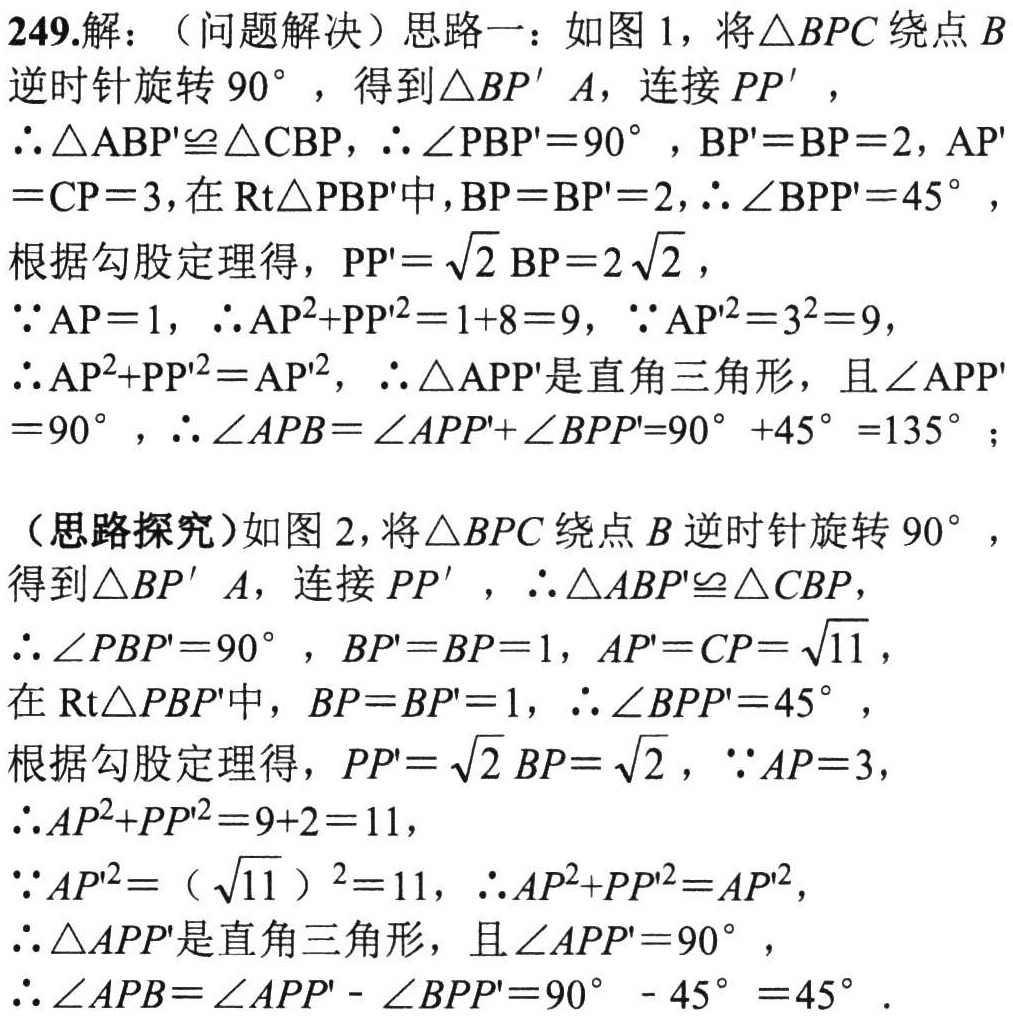
249.解：（问题解决）思路一：如图1，将\(\triangle BPC\)绕点\(B\)逆时针旋转\(90^{\circ}\)，得到\(\triangle BP'A\)，连接\(PP'\)，
\(\therefore\triangle ABP'\cong\triangle CBP\)，\(\therefore\angle PBP' = 90^{\circ}\)，\(BP' = BP = 2\)，\(AP'=CP = 3\)，在\(\text{Rt}\triangle PBP'\)中，\(BP = BP' = 2\)，\(\therefore\angle BPP' = 45^{\circ}\)，
根据勾股定理得，\(PP'=\sqrt{2}BP = 2\sqrt{2}\)，
\(\because AP = 1\)，\(\therefore AP^{2}+PP'^{2}=1 + 8 = 9\)，\(\because AP'^{2}=3^{2}=9\)，
\(\therefore AP^{2}+PP'^{2}=AP'^{2}\)，\(\therefore\triangle APP'\)是直角三角形，且\(\angle APP'=90^{\circ}\)，\(\therefore\angle APB=\angle APP'+\angle BPP'=90^{\circ}+45^{\circ}=135^{\circ}\)；
（思路探究）如图2，将\(\triangle BPC\)绕点\(B\)逆时针旋转\(90^{\circ}\)，得到\(\triangle BP'A\)，连接\(PP'\)，\(\therefore\triangle ABP'\cong\triangle CBP\)，
\(\therefore\angle PBP' = 90^{\circ}\)，\(BP' = BP = 1\)，\(AP' = CP=\sqrt{11}\)，
在\(\text{Rt}\triangle PBP'\)中，\(BP = BP' = 1\)，\(\therefore\angle BPP' = 45^{\circ}\)，
根据勾股定理得，\(PP'=\sqrt{2}BP=\sqrt{2}\)，\(\because AP = 3\)，
\(\therefore AP^{2}+PP'^{2}=9 + 2 = 11\)，
\(\because AP'^{2}=(\sqrt{11})^{2}=11\)，\(\therefore AP^{2}+PP'^{2}=AP'^{2}\)，
\(\therefore\triangle APP'\)是直角三角形，且\(\angle APP' = 90^{\circ}\)，
\(\therefore\angle APB=\angle APP'-\angle BPP'=90^{\circ}-45^{\circ}=45^{\circ}\).